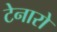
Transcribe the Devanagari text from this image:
टेनारो